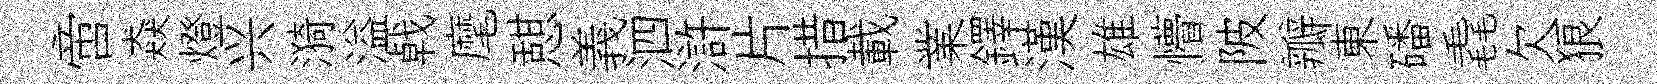
啻猋燈兴漪溢㦸麾憇義泗滸片措載業鐸漢雄懵陂瓣東磻毳欠狼